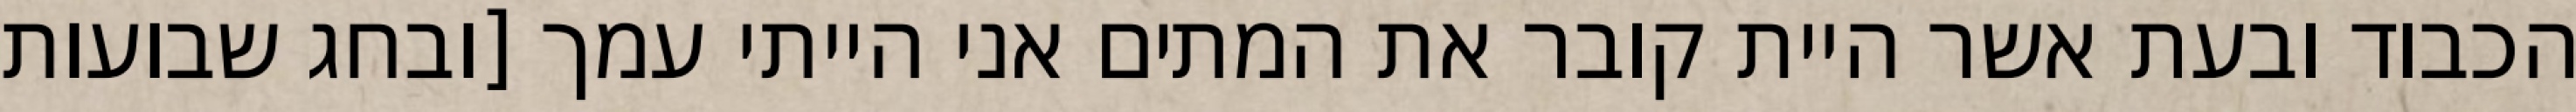
הכבוד ובעת אשר היית קובר את המתים אני הייתי עמך [ובחג שבועות